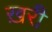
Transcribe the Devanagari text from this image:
ख़री